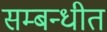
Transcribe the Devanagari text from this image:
सम्‍बन्‍धीत